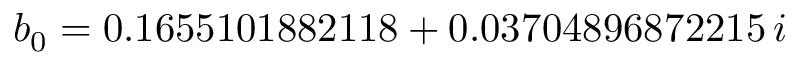
b _ { 0 } = 0 . 1 6 5 5 1 0 1 8 8 2 1 1 8 + 0 . 0 3 7 0 4 8 9 6 8 7 2 2 1 5 \, i